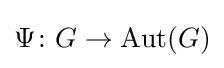
\Psi \colon G\to \operatorname {Aut} (G)